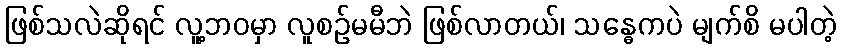
ဖြစ်သလဲဆိုရင် လူ့ဘဝမှာ လူစဉ်မမီဘဲ ဖြစ်လာတယ်၊ သန္ဓေကပဲ မျက်စိ မပါတဲ့